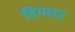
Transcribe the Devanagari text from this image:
बिगलर